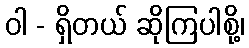
ဝါ - ရှိတယ် ဆိုကြပါစို့၊